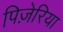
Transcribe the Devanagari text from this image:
पिज़ेरिया